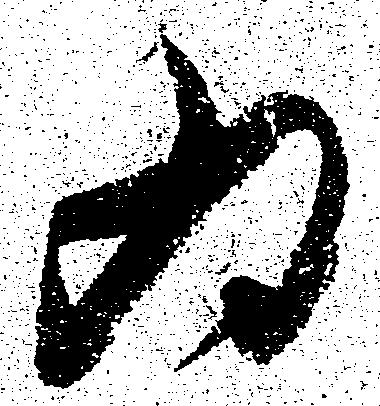
為